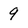
Character: 9